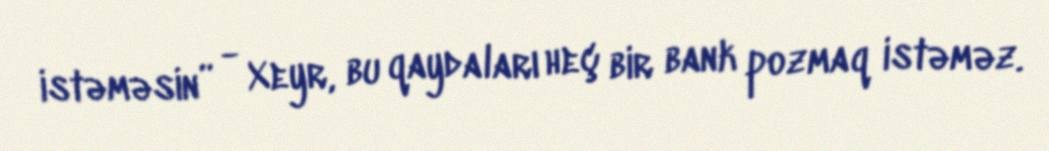
istəməsin” - Xeyr, bu qaydaları heç bir bank pozmaq istəməz.